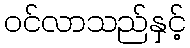
ဝင်လာသည်နှင့်